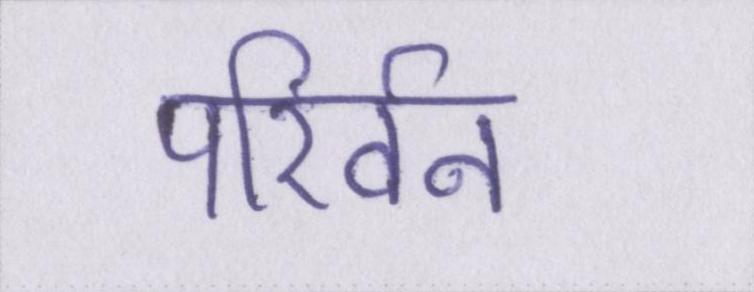
परिर्वन